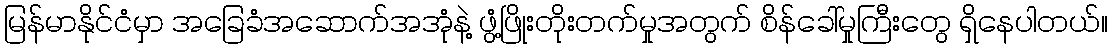
မြန်မာနိုင်ငံမှာ အခြေခံအဆောက်အအုံနဲ့ ဖွံ့ဖြိုးတိုးတက်မှုအတွက် စိန်ခေါ်မှုကြီးတွေ ရှိနေပါတယ်။